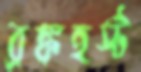
ব্রঙ্কহর্স্ট